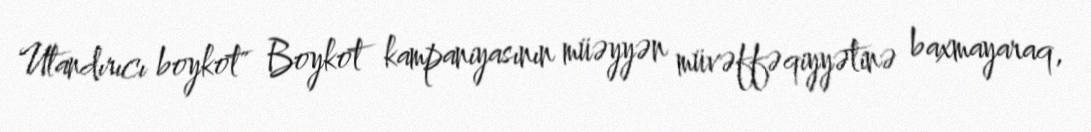
Utandırıcı boykot" Boykot kampaniyasının müəyyən müvəffəqiyyətinə baxmayaraq,